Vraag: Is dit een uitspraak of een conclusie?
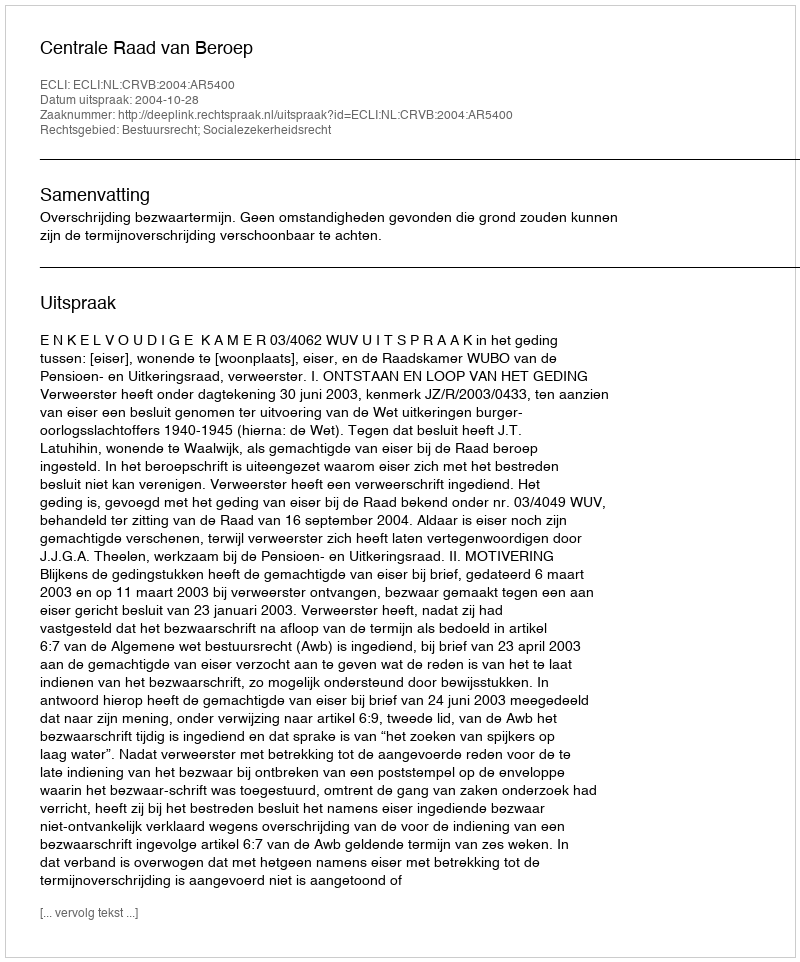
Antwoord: Uitspraak